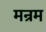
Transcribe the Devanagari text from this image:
मन्रम